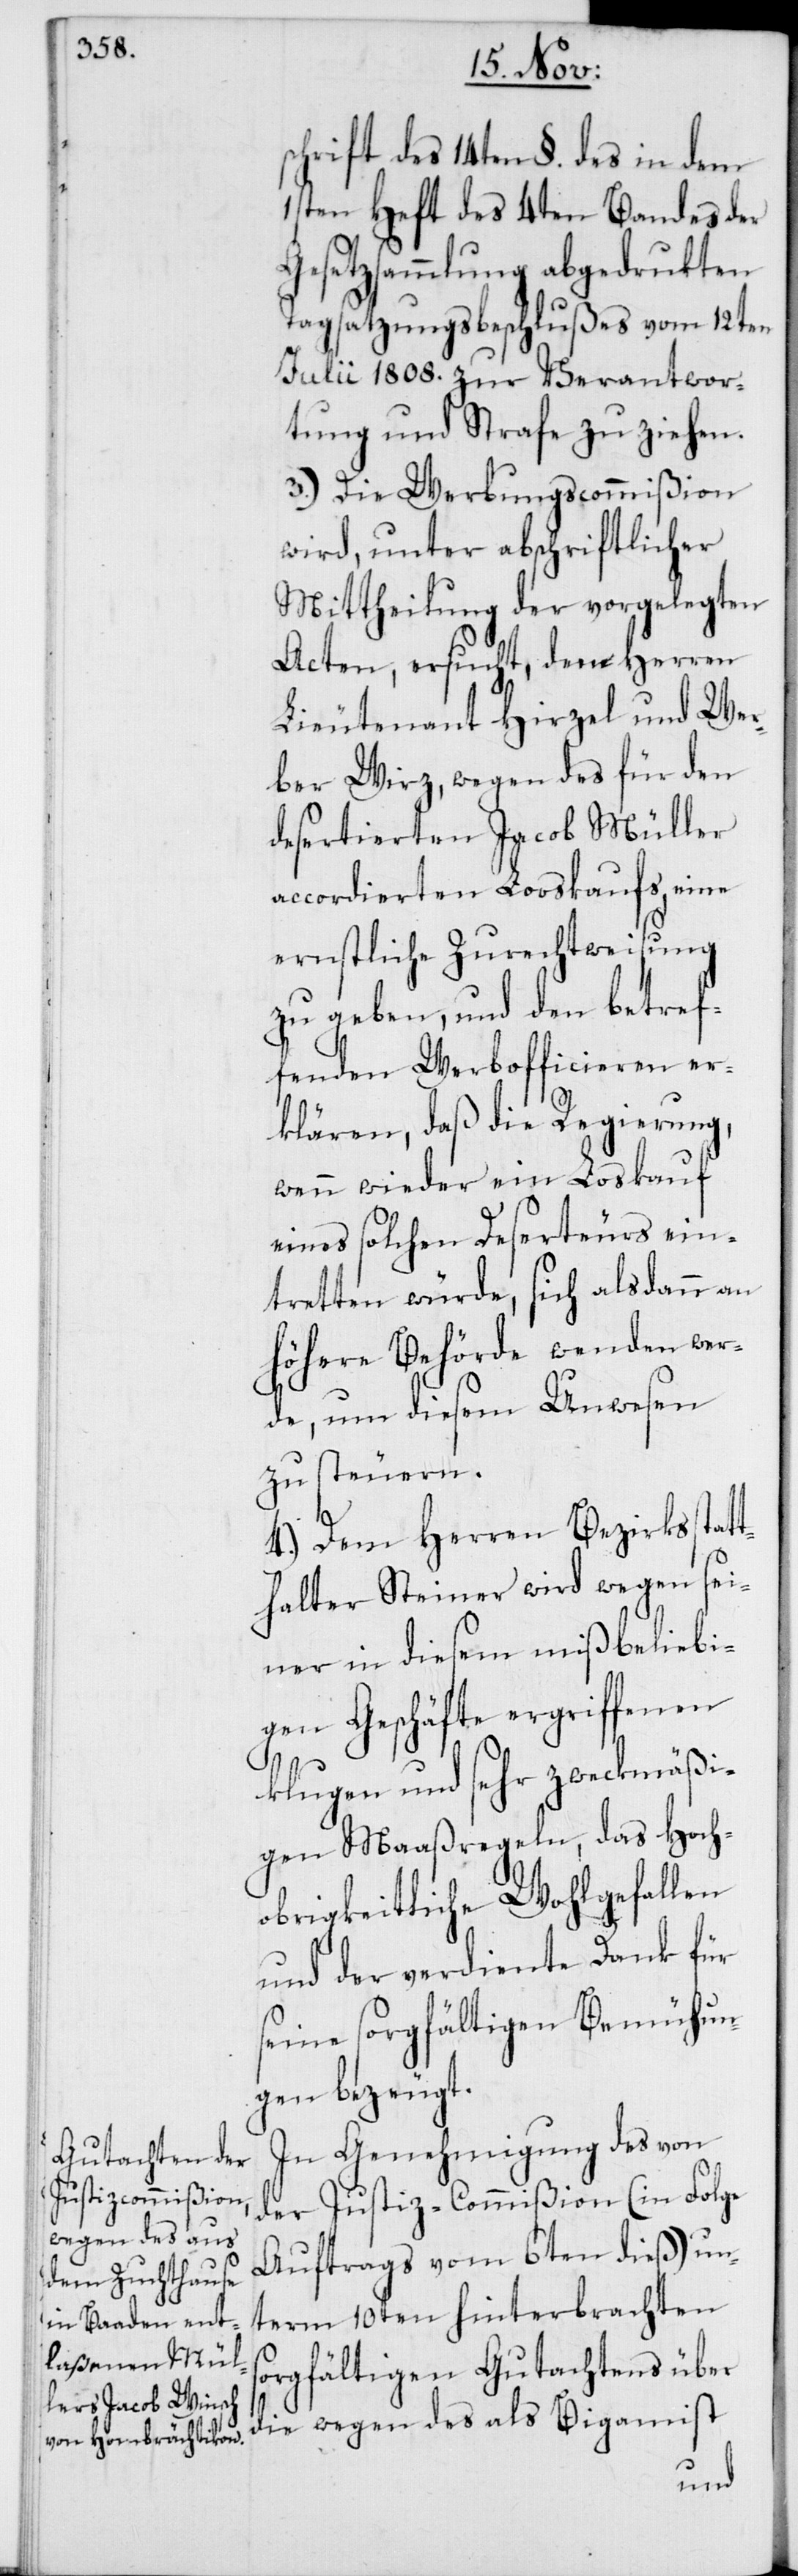
schrift des 14ten §. des in dem
1sten Heft des 4ten Bandes der
Gesetzsammlung abgedrukten
Tagsatzungsbeschlußes vom 12ten
Julii 1808. zur Verantwor¬
tung und Strafe zu ziehen.
3. Die Werbungscommißion
wird, unter abschriftlicher
Mittheilung der vorgelegten
Acten, ersucht, den Herren
Lieutenant Hirzel und Wer¬
ber Wirz, wegen des für den
desertierten Jacob Müller
accordierten Loskaufs, eine
ernstliche Zurechtweisung
zu geben, und den betref¬
fenden Werbofficieren er¬
klären, daß die Regierung,
wenn wieder ein Loskauf
eines solchen Deserteurs ein¬
tretten würde, sich alsdann an
höhere Behörde wenden wer¬
de, um diesem Unwesen
zu steuern.
4. Dem Herren Bezirksstat¬
thalter Steiner wird wegen sei¬
ner in diesem mißbeliebi¬
gen Geschäfte ergriffenen
klugen und sehr zweckmäßi¬
gen Maaßregeln, das Hoch¬
obrigkeitliche Wohlgefallen
und der verdiente Dank für
seine sorgfältigen Bemühun¬
gen bezeugt.
In Genehmigung des von
der Justiz-Commißion (in Folge
Auftrags vom 6ten dieß) un¬
term 10ten hinterbrachten
sorgfältigen Gutachtens über
die wegen des als Bigamist